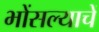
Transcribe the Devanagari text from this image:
भोंसल्याचें